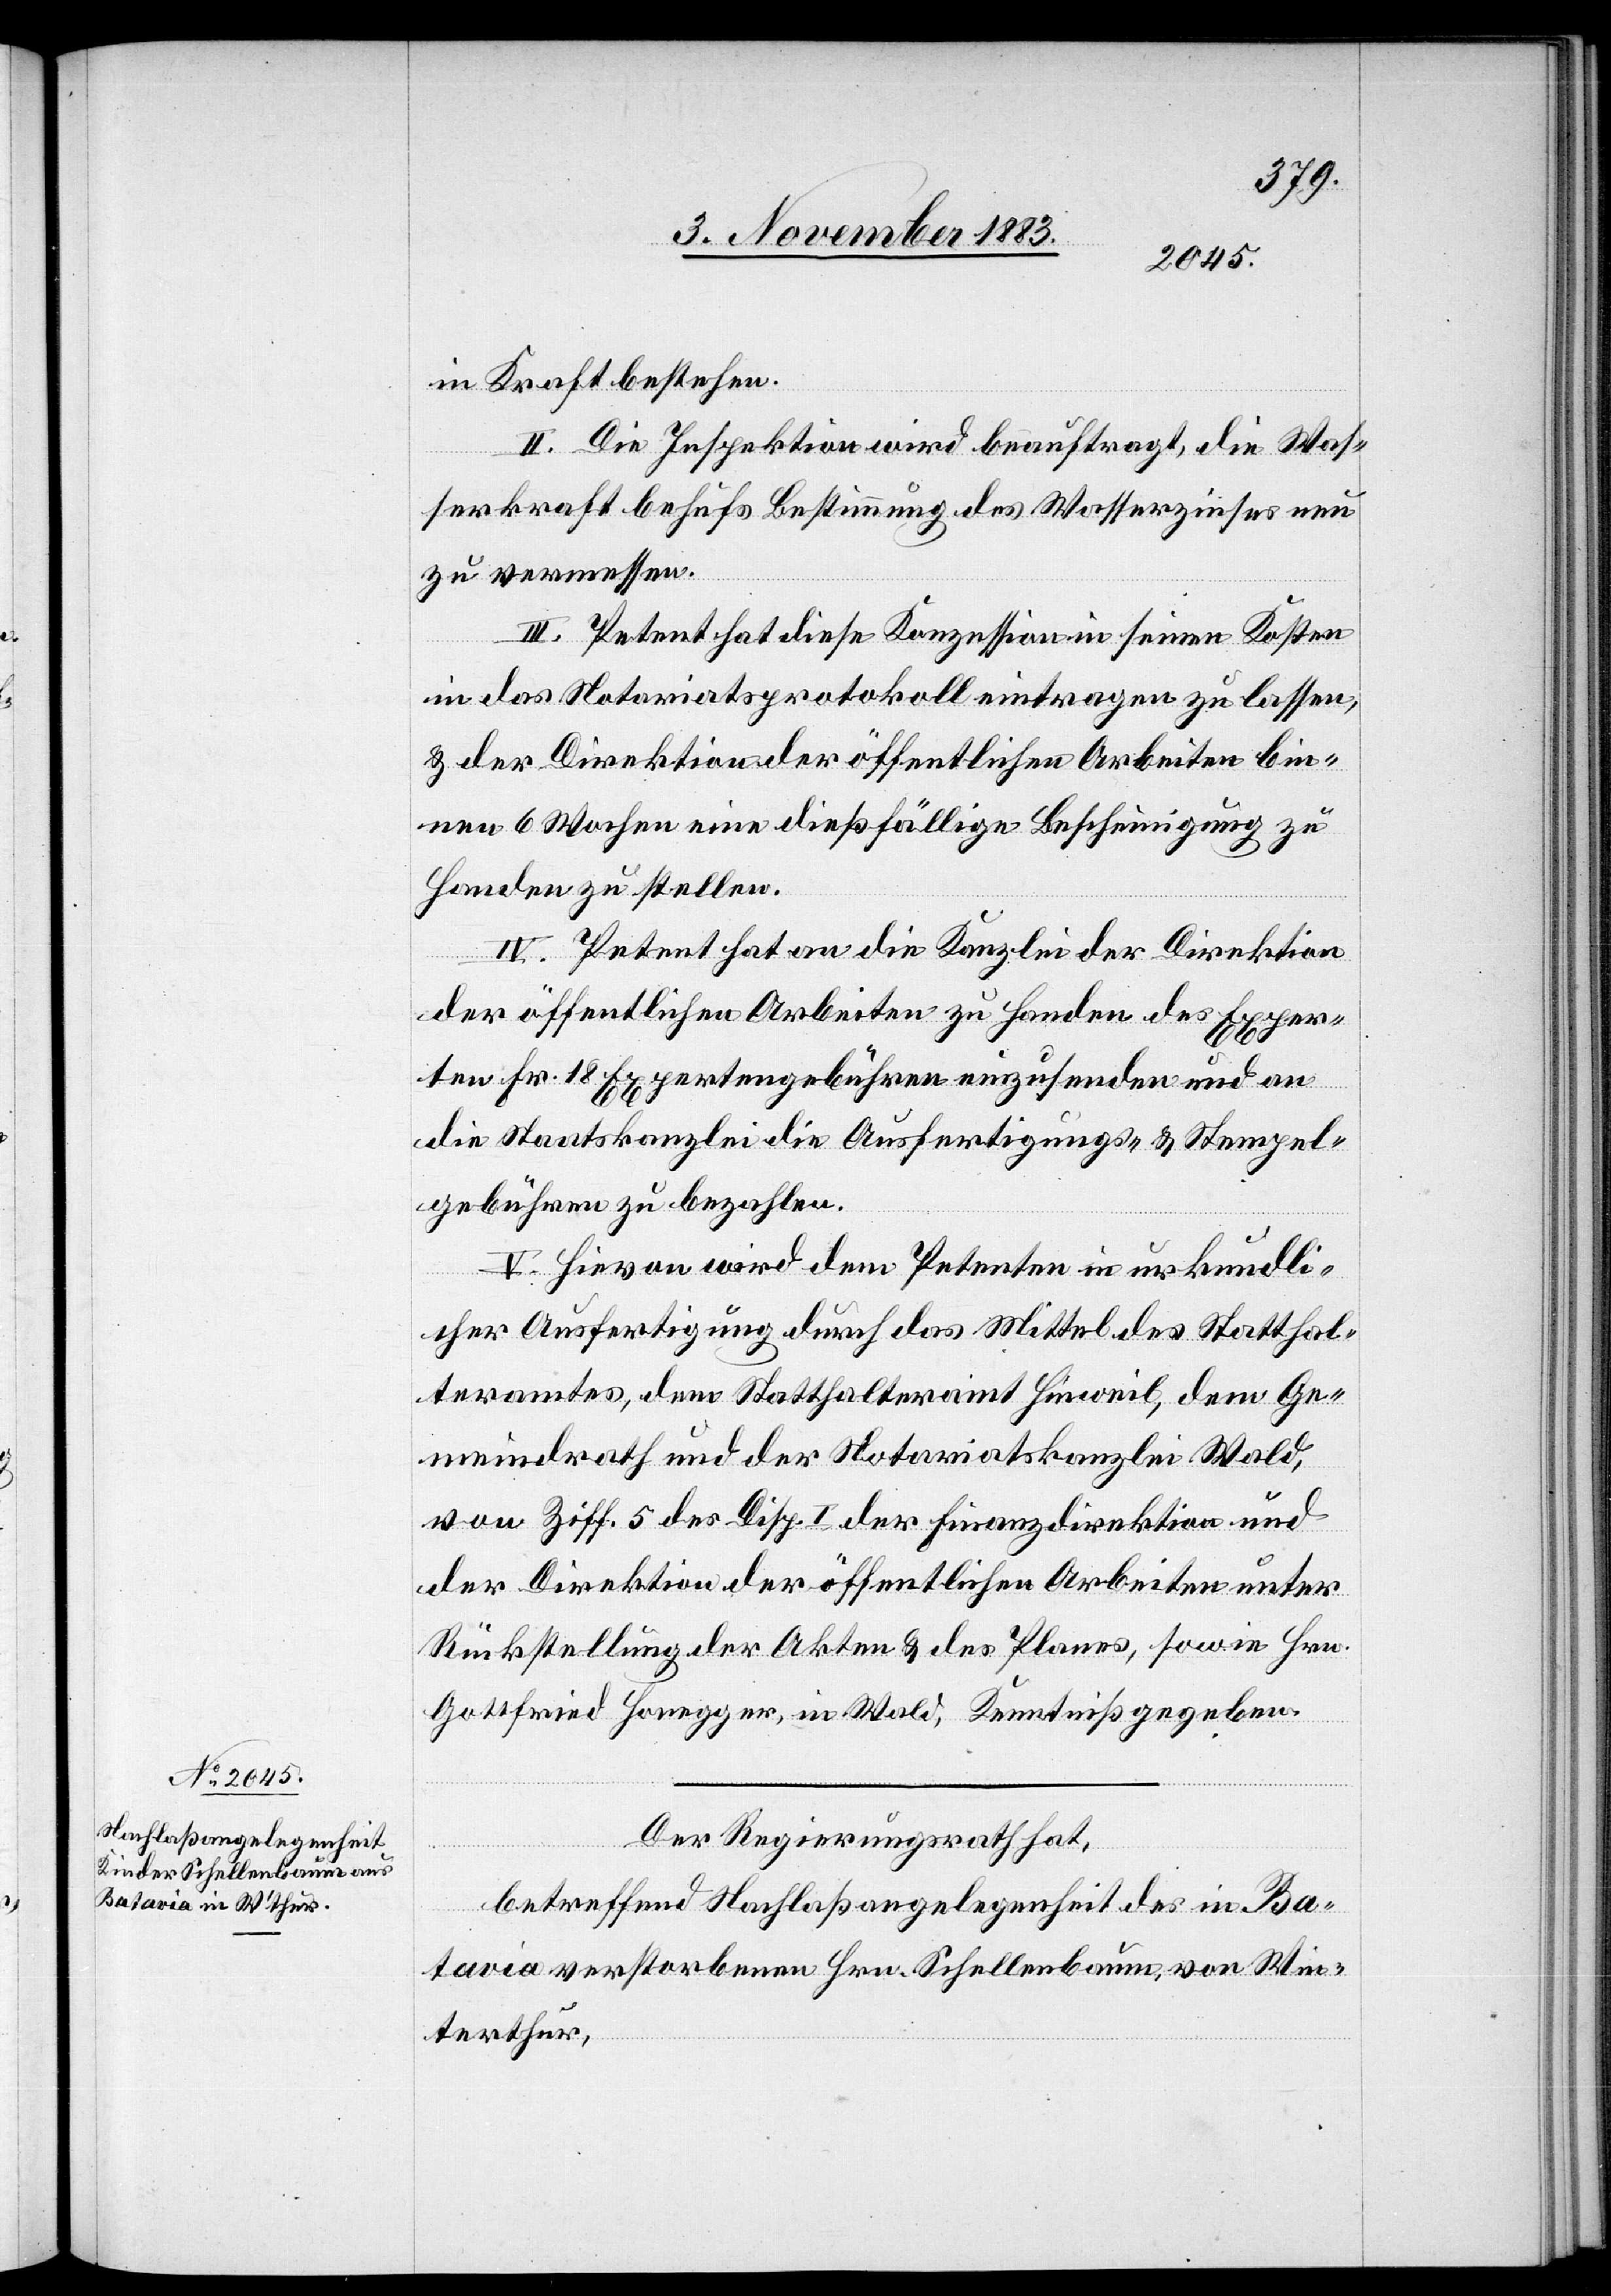
in Kraft bestehen.
II. Die Inspektion wird beauftragt die Was¬
serkraft behufs Bestimmung des Wasserzinses neu
zu vermessen.
III. Petent hat diese Konzession in seinen Kosten
in das Notariatsprotokoll eintragen zu lassen,
& der Direktion der öffentlichen Arbeiten bin¬
nen 6 Wochen eine dießfällige Bescheinigung zu
Handen zu stellen.
IV. Petent hat an die Kanzlei der Direktion
der öffentlichen Arbeiten zu Handen des Exper¬
ten Fr. 18 Expertengebühren einzusenden und an
die Staatskanzlei die Ausfertigungs- & Stempel¬
gebühren zu bezahlen.
V. Hievon wird dem Petenten in urkundli¬
cher Ausfertigung durch das Mittel des Statthal¬
teramtes, dem Statthalteramt Hinweil, dem Ge¬
meindrath und der Notariatskanzlei Wald,
von Ziff. 5 des Disp. I der Finanzdirektion und
der Direktion der öffentlichen Arbeiten unter
Rückstellung der Akten & des Planes, sowie Hrn.
Gottfried Honegger, in Wald, Kenntniß gegeben.
Der Regierungsrath hat,
betreffend Nachlaßangelegenheit des in Ba¬
tavia verstorbenen Hrn. Schellenbaum, von Win¬
terthur,